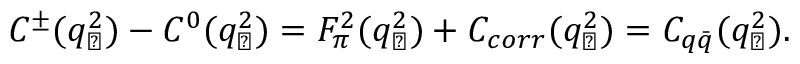
C ^ { \pm } ( q _ { \perp } ^ { 2 } ) - C ^ { 0 } ( q _ { \perp } ^ { 2 } ) = F _ { \pi } ^ { 2 } ( q _ { \perp } ^ { 2 } ) + C _ { c o r r } ( q _ { \perp } ^ { 2 } ) = C _ { q \bar { q } } ( q _ { \perp } ^ { 2 } ) .